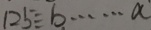
1 2 5 \div b \cdots a